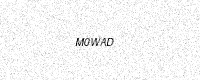
Text: M0WAD